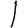
Digit: 1